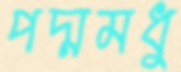
পদ্মমধু